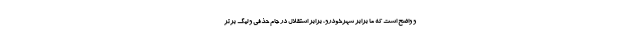
و واضح است که ما برابر شهرخودرو، برابر استقلال در جام حذفی و لیگ برتر